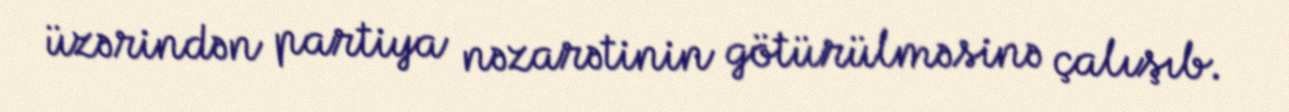
üzərindən partiya nəzarətinin götürülməsinə çalışıb.